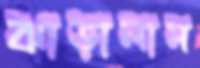
ঝাড়ালাম